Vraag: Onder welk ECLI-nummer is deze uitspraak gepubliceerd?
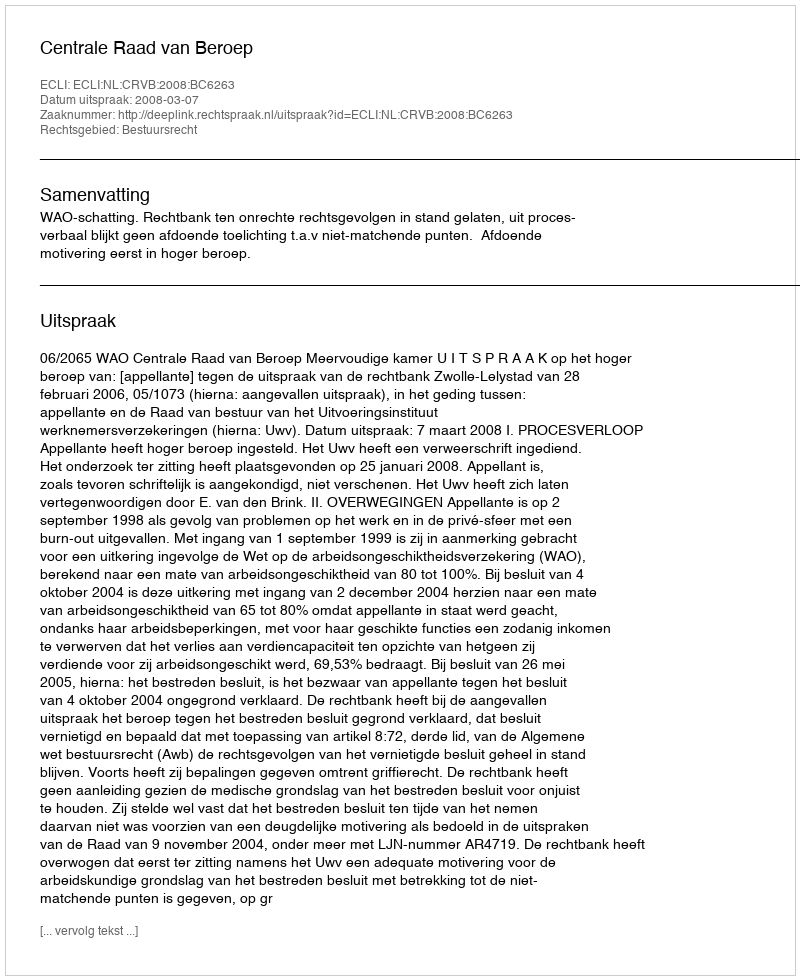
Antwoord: ECLI:NL:CRVB:2008:BC6263